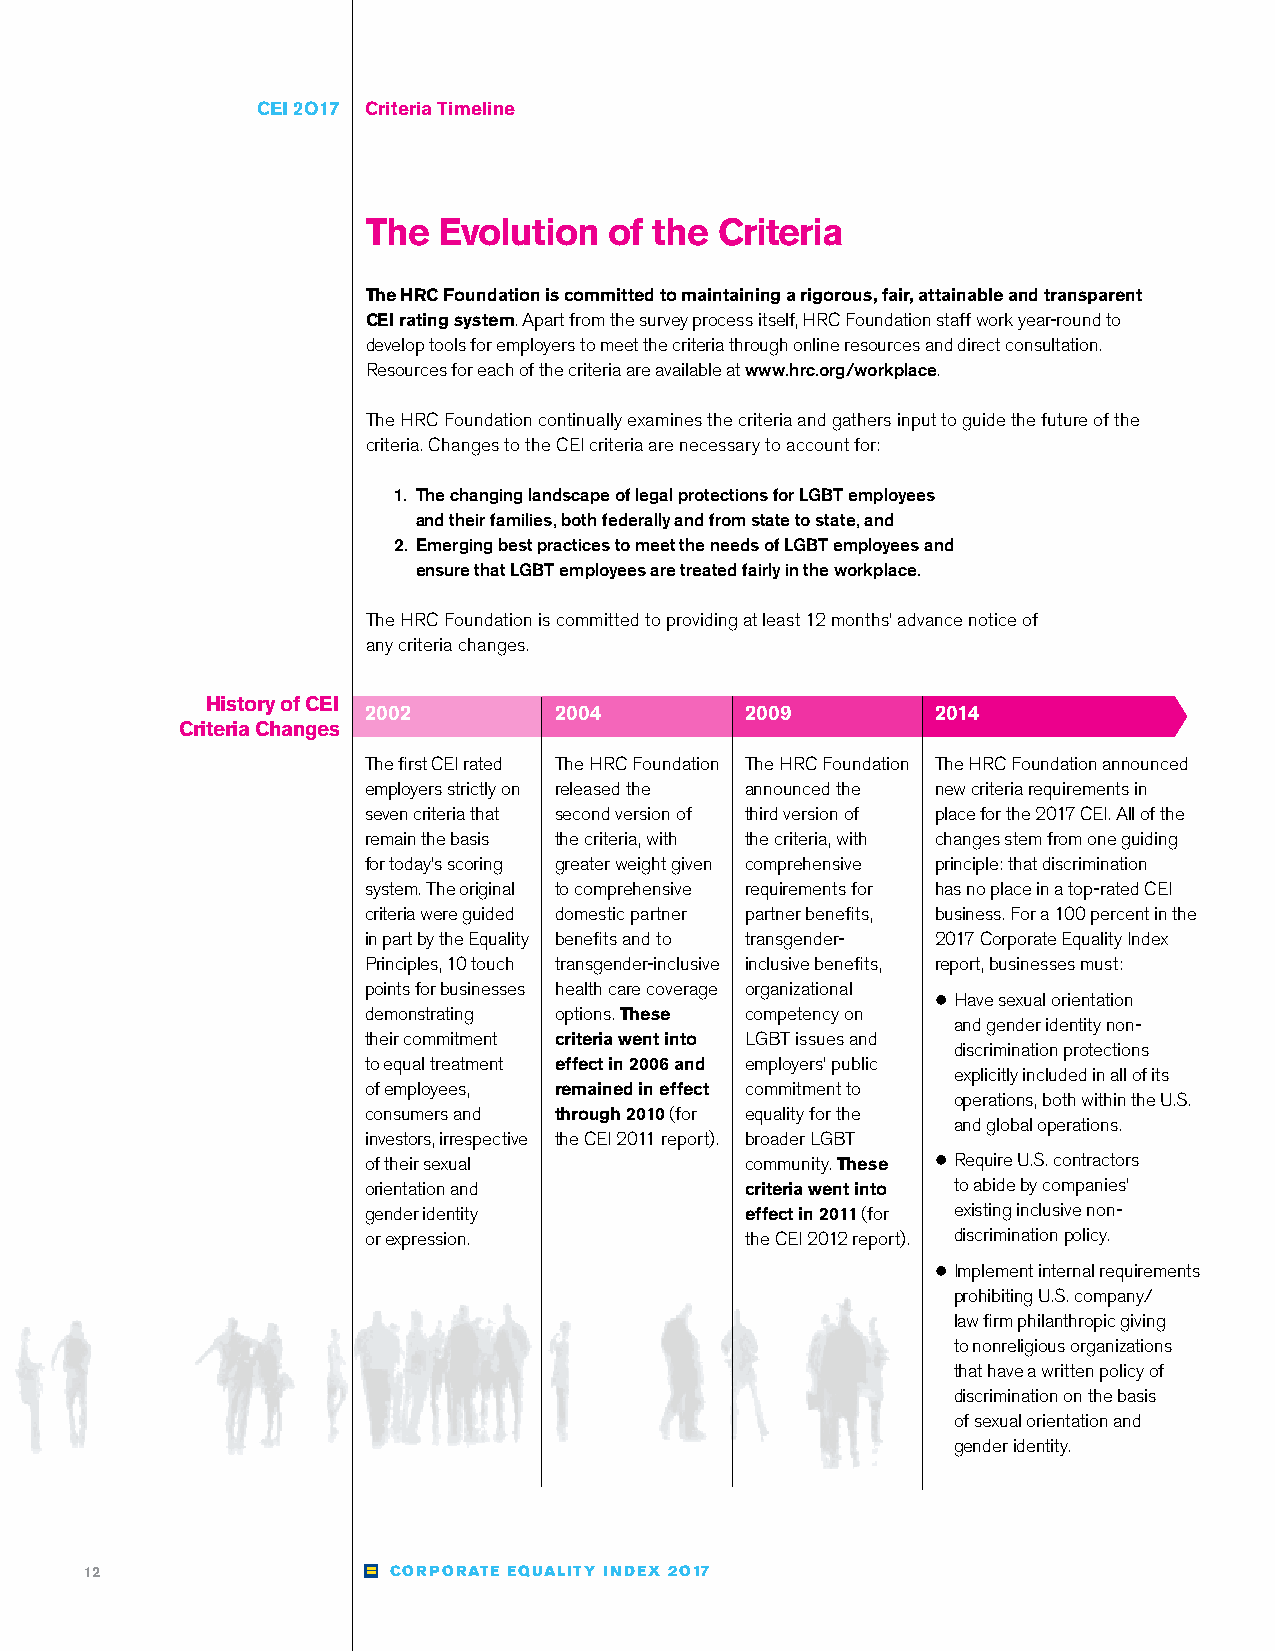
CEI 2O17 Criteria Timeline
 The  Evolution  of the  Criteria
 The HRC Foundation is committed to maintaining a rigorous, fair, attainable and transparent
 CEI rating system. Apart from the survey process itself, HRC Foundation staff work year-round to
 develop tools for employers to meet the criteria through online resources and direct consultation.
 Resources for each of the criteria are available at www.hrc.org/workplace.
 The HRC Foundation continually examines the criteria and gathers input to guide the future of the
 criteria. Changes to the CEI criteria are necessary to account for:
 1. The changing landscape of legal protections for LGBT employees
 and their families, both federally and from state to state, and
 2. Emerging best practices to meet the needs of LGBT employees and
 ensure that LGBT employees are treated fairly in the workplace.
 The HRC Foundation is committed to providing at least 12 months’ advance notice of
 any criteria changes.
 History of CEI
 2002         2004        2009         2014
 Criteria Changes
 The first CEI rated The HRC Foundation The HRC Foundation The HRC Foundation announced
 employers strictly on released the announced the new criteria requirements in
 seven criteria that second version of third version of place for the 2017 CEI. All of the
 remain the basis the criteria, with the criteria, with changes stem from one guiding
 for today’s scoring greater weight given comprehensive principle: that discrimination
 system. The original to comprehensive requirements for has no place in a top-rated CEI
 criteria were guided domestic partner partner benefits, business. For a 100 percent in the
 in part by the Equality benefits and to transgender- 2017 Corporate Equality Index
 Principles, 10 touch transgender-inclusive inclusive benefits, report, businesses must:
 points for businesses health care coverage organizational
 z●Have sexual orientation
 demonstrating options. These competency on
 and gender identity non-
 their commitment criteria went into LGBT issues and
 discrimination protections
 to equal treatment effect in 2006 and employers’ public
 explicitly included in all of its
 of employees, remained in effect commitment to
 operations, both within the U.S.
 consumers and through 2010 (for equality for the
 and global operations.
 investors, irrespective the CEI 2011 report). broader LGBT
 of their sexual          community. These z●Require U.S. contractors
 orientation and          criteria went into to abide by companies’
 gender identity          effect in 2011 (for existing inclusive non-
 or expression.           the CEI 2012 report). discrimination policy.
 z●Implement internal requirements
 prohibiting U.S. company/
 law firm philanthropic giving
 to nonreligious organizations
 that have a written policy of
 discrimination on the basis
 of sexual orientation and
 gender identity.
 12                  CORPORATE EQUALITY INDEX 2O17